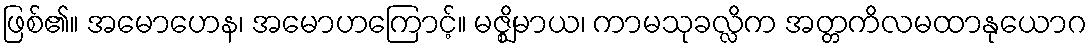
ဖြစ်၏။ အမောဟေန၊ အမောဟကြောင့်။ မဇ္ဈိမာယ၊ ကာမသုခလ္လိက အတ္တကိလမထာနုယောဂ